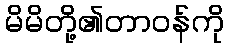
မိမိတို့၏တာဝန်ကို